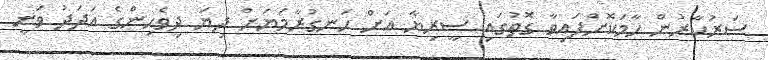
ސަރުކާރުން ހާމަކޮށްފައިވާ ގޮތުގައި ސީރިޔާ އަށް ހަނގުރާމަޔަށް ދިޔަ ދިވެހިންގެ އަދަދު ވަނީ